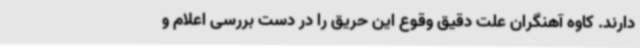
دارند. کاوه آهنگران علت دقیق وقوع این حریق را در دست بررسی اعلام و